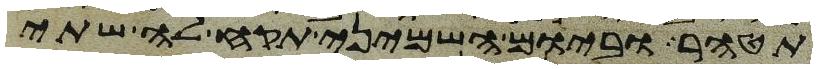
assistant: תטהר וביום השמיני תקח לה שתי